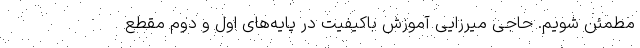
مطمئن شویم. حاجی میرزایی آموزش باکیفیت در پایه‌های اول و دوم مقطع